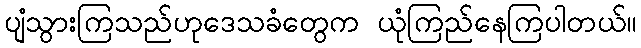
ပျံသွားကြသည်ဟုဒေသခံတွေက ယုံကြည်နေကြပါတယ်။